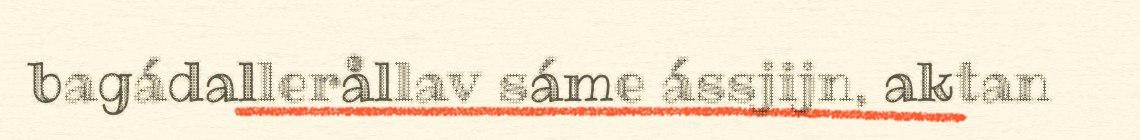
bagádallerållav sáme ássjijn, aktan